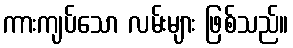
ကားကျပ်သော လမ်းများ ဖြစ်သည်။